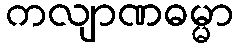
ကလျာဏဓမ္မာ